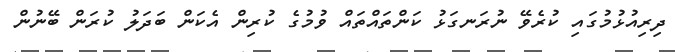
ދިރިއުޅުމުގައި ކުރެވޭ ނުރަނގަޅު ކަންތައްތައް ވުމުގެ ކުރިން އެކަން ބަދަލު ކުރަން ބޭނުން